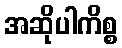
အဆိုပါကိစ္စ